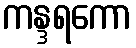
ကန္ဒရကော